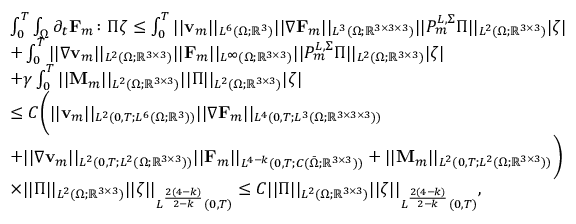
\begin{array} { r l } & { \int _ { 0 } ^ { T } \int _ { \Omega } \partial _ { t } \mathbf { F } _ { m } \colon \boldsymbol { \Pi } \zeta \leq \int _ { 0 } ^ { T } | | \mathbf { v } _ { m } | | _ { L ^ { 6 } ( \Omega ; \mathbb { R } ^ { 3 } ) } | | \nabla \mathbf { F } _ { m } | | _ { L ^ { 3 } ( \Omega ; \mathbb { R } ^ { 3 \times 3 \times 3 } ) } | | P _ { m } ^ { L , \Sigma } \boldsymbol { \Pi } | | _ { L ^ { 2 } ( \Omega ; \mathbb { R } ^ { 3 \times 3 } ) } | \zeta | } \\ & { + \int _ { 0 } ^ { T } | | \nabla \mathbf { v } _ { m } | | _ { L ^ { 2 } ( \Omega ; \mathbb { R } ^ { 3 \times 3 } ) } | | \mathbf { F } _ { m } | | _ { L ^ { \infty } ( \Omega ; \mathbb { R } ^ { 3 \times 3 } ) } | | P _ { m } ^ { L , \Sigma } \boldsymbol { \Pi } | | _ { L ^ { 2 } ( \Omega ; \mathbb { R } ^ { 3 \times 3 } ) } | \zeta | } \\ & { + \gamma \int _ { 0 } ^ { T } | | \mathbf { M } _ { m } | | _ { L ^ { 2 } ( \Omega ; \mathbb { R } ^ { 3 \times 3 } ) } | | \boldsymbol { \Pi } | | _ { L ^ { 2 } ( \Omega ; \mathbb { R } ^ { 3 \times 3 } ) } | \zeta | } \\ & { \leq C \biggl ( | | \mathbf { v } _ { m } | | _ { L ^ { 2 } ( 0 , T ; L ^ { 6 } ( \Omega ; \mathbb { R } ^ { 3 } ) ) } | | \nabla \mathbf { F } _ { m } | | _ { L ^ { 4 } ( 0 , T ; L ^ { 3 } ( \Omega ; \mathbb { R } ^ { 3 \times 3 \times 3 } ) ) } } \\ & { + | | \nabla \mathbf { v } _ { m } | | _ { L ^ { 2 } ( 0 , T ; L ^ { 2 } ( \Omega ; \mathbb { R } ^ { 3 \times 3 } ) ) } | | \mathbf { F } _ { m } | | _ { L ^ { 4 - k } ( 0 , T ; C ( \bar { \Omega } ; \mathbb { R } ^ { 3 \times 3 } ) ) } + | | \mathbf { M } _ { m } | | _ { L ^ { 2 } ( 0 , T ; L ^ { 2 } ( \Omega ; \mathbb { R } ^ { 3 \times 3 } ) ) } \biggr ) } \\ & { \times | | \boldsymbol { \Pi } | | _ { L ^ { 2 } ( \Omega ; \mathbb { R } ^ { 3 \times 3 } ) } | | \zeta | | _ { L ^ { \frac { 2 ( 4 - k ) } { 2 - k } } ( 0 , T ) } \leq C | | \boldsymbol { \Pi } | | _ { L ^ { 2 } ( \Omega ; \mathbb { R } ^ { 3 \times 3 } ) } | | \zeta | | _ { L ^ { \frac { 2 ( 4 - k ) } { 2 - k } } ( 0 , T ) } , } \end{array}